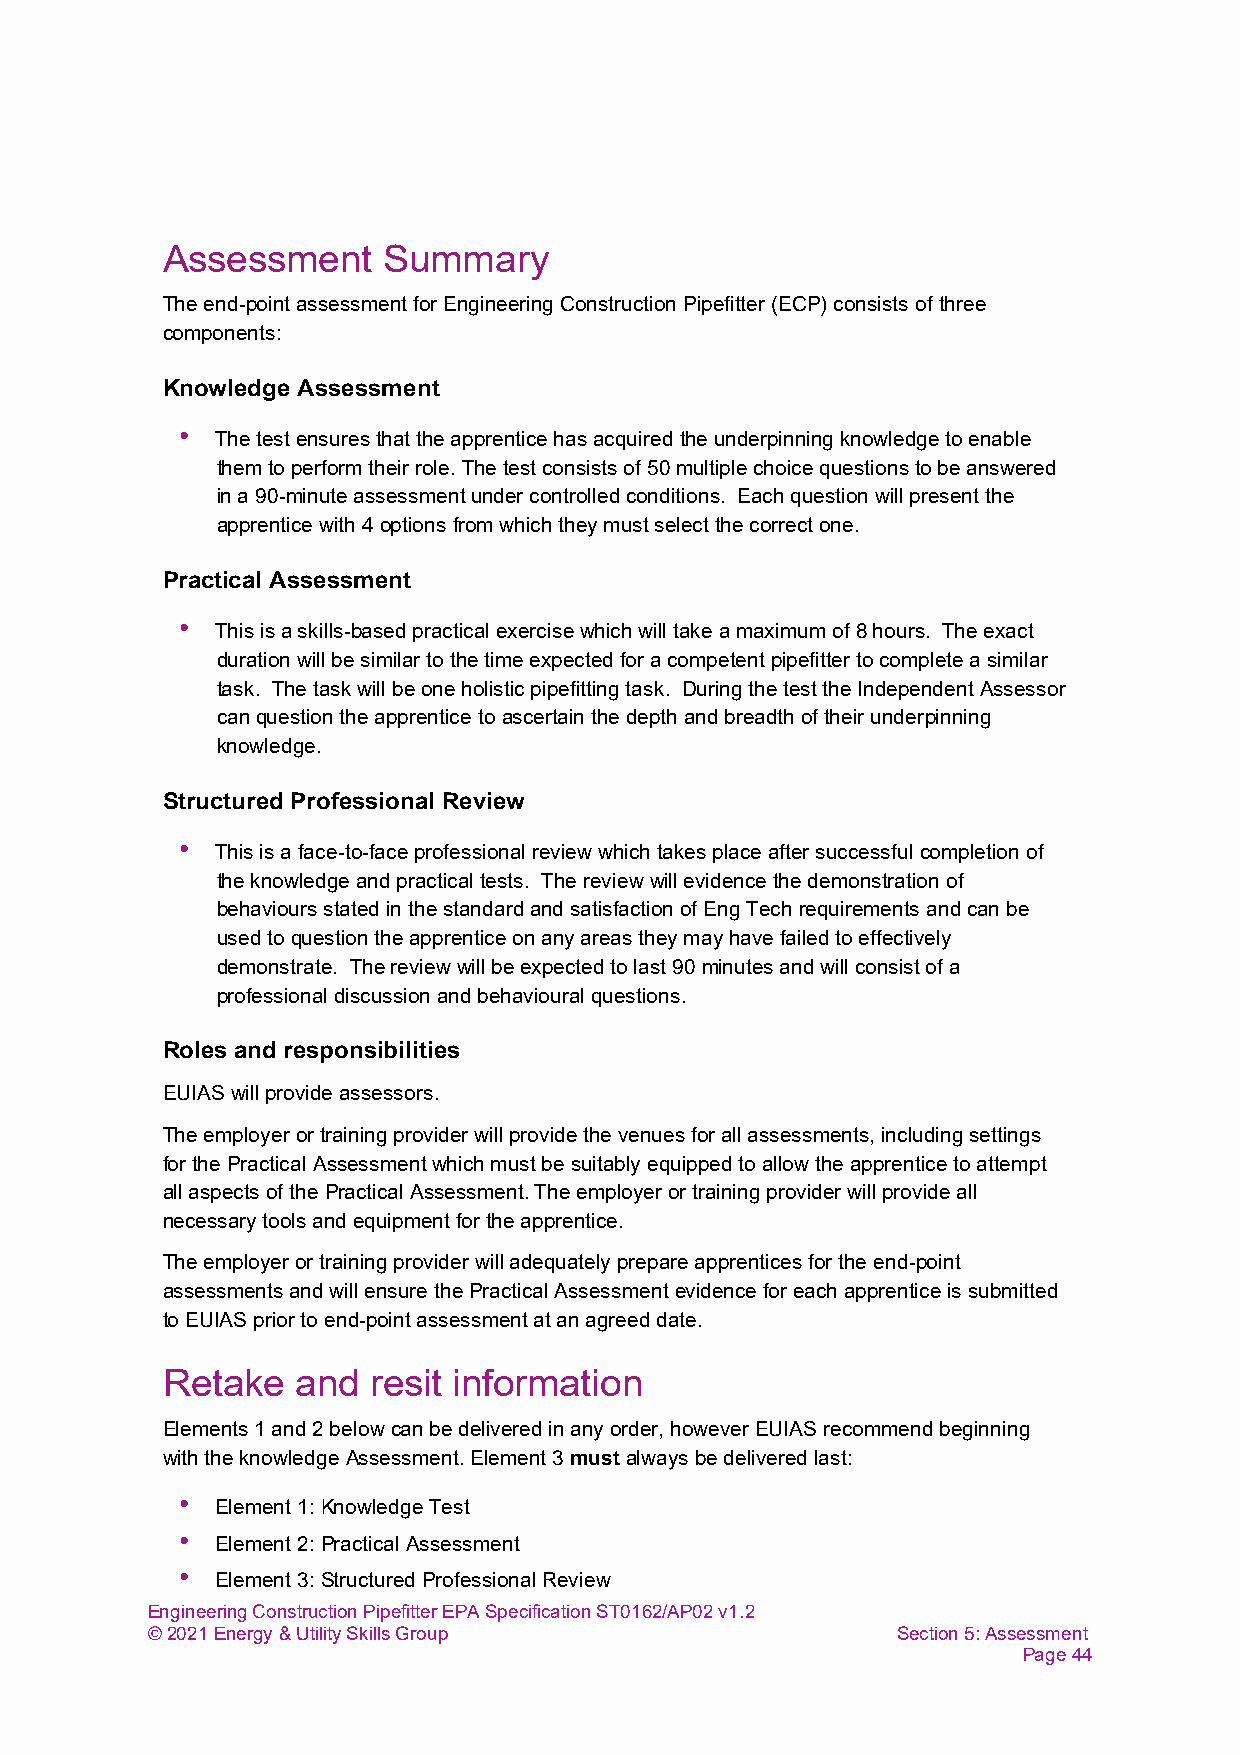
Assessment    Summary
 The end-point assessment for Engineering Construction Pipefitter (ECP) consists of three
 components:
 Knowledge Assessment
 • The test ensures that the apprentice has acquired the underpinning knowledge to enable
 them to perform their role. The test consists of 50 multiple choice questions to be answered
 in a 90-minute assessment under controlled conditions. Each question will present the
 apprentice with 4 options from which they must select the correct one.
 Practical Assessment
 • This is a skills-based practical exercise which will take a maximum of 8 hours. The exact
 duration will be similar to the time expected for a competent pipefitter to complete a similar
 task. The task will be one holistic pipefitting task. During the test the Independent Assessor
 can question the apprentice to ascertain the depth and breadth of their underpinning
 knowledge.
 Structured Professional Review
 • This is a face-to-face professional review which takes place after successful completion of
 the knowledge and practical tests. The review will evidence the demonstration of
 behaviours stated in the standard and satisfaction of Eng Tech requirements and can be
 used to question the apprentice on any areas they may have failed to effectively
 demonstrate. The review will be expected to last 90 minutes and will consist of a
 professional discussion and behavioural questions.
 Roles and responsibilities
 EUIAS will provide assessors.
 The employer or training provider will provide the venues for all assessments, including settings
 for the Practical Assessment which must be suitably equipped to allow the apprentice to attempt
 all aspects of the Practical Assessment. The employer or training provider will provide all
 necessary tools and equipment for the apprentice.
 The employer or training provider will adequately prepare apprentices for the end-point
 assessments and will ensure the Practical Assessment evidence for each apprentice is submitted
 to EUIAS prior to end-point assessment at an agreed date.
 Retake   and  resit information
 Elements 1 and 2 below can be delivered in any order, however EUIAS recommend beginning
 with the knowledge Assessment. Element 3 must always be delivered last:
 • Element 1: Knowledge Test
 • Element 2: Practical Assessment
 • Element 3: Structured Professional Review
 Engineering Construction Pipefitter EPA Specification ST0162/AP02 v1.2
 © 2021 Energy & Utility Skills Group             Section 5: Assessment
 Page 44